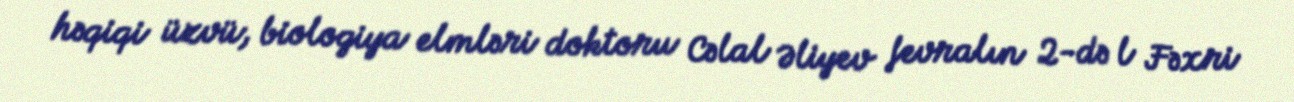
həqiqi üzvü, biologiya elmləri doktoru Cəlal Əliyev fevralın 2-də l Fəxri